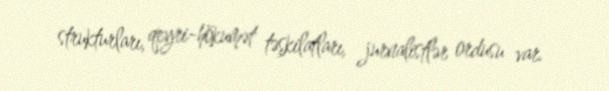
strukturları, qeyri-hökumət təşkilatları, jurnalistlər ordusu var.